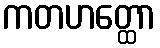
ကတဟတ္ထော